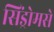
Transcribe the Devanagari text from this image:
सिंड्रोमसे